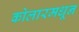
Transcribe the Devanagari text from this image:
कोलारमधून